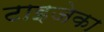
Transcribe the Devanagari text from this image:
टाइजेका